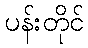
ပန်းတိုင်